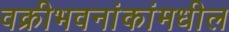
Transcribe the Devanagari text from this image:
वक्रीभवनांकांमधील